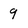
Character: 9